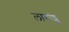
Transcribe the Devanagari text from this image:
लागांशू